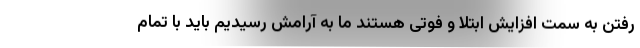
رفتن به سمت افزایش ابتلا و فوتی هستند ما به آرامش رسیدیم باید با تمام